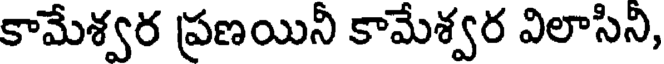
కామేశ్వర ప్రణయినీ కామేశ్వర విలాసిని,